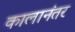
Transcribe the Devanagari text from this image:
कालानंतर